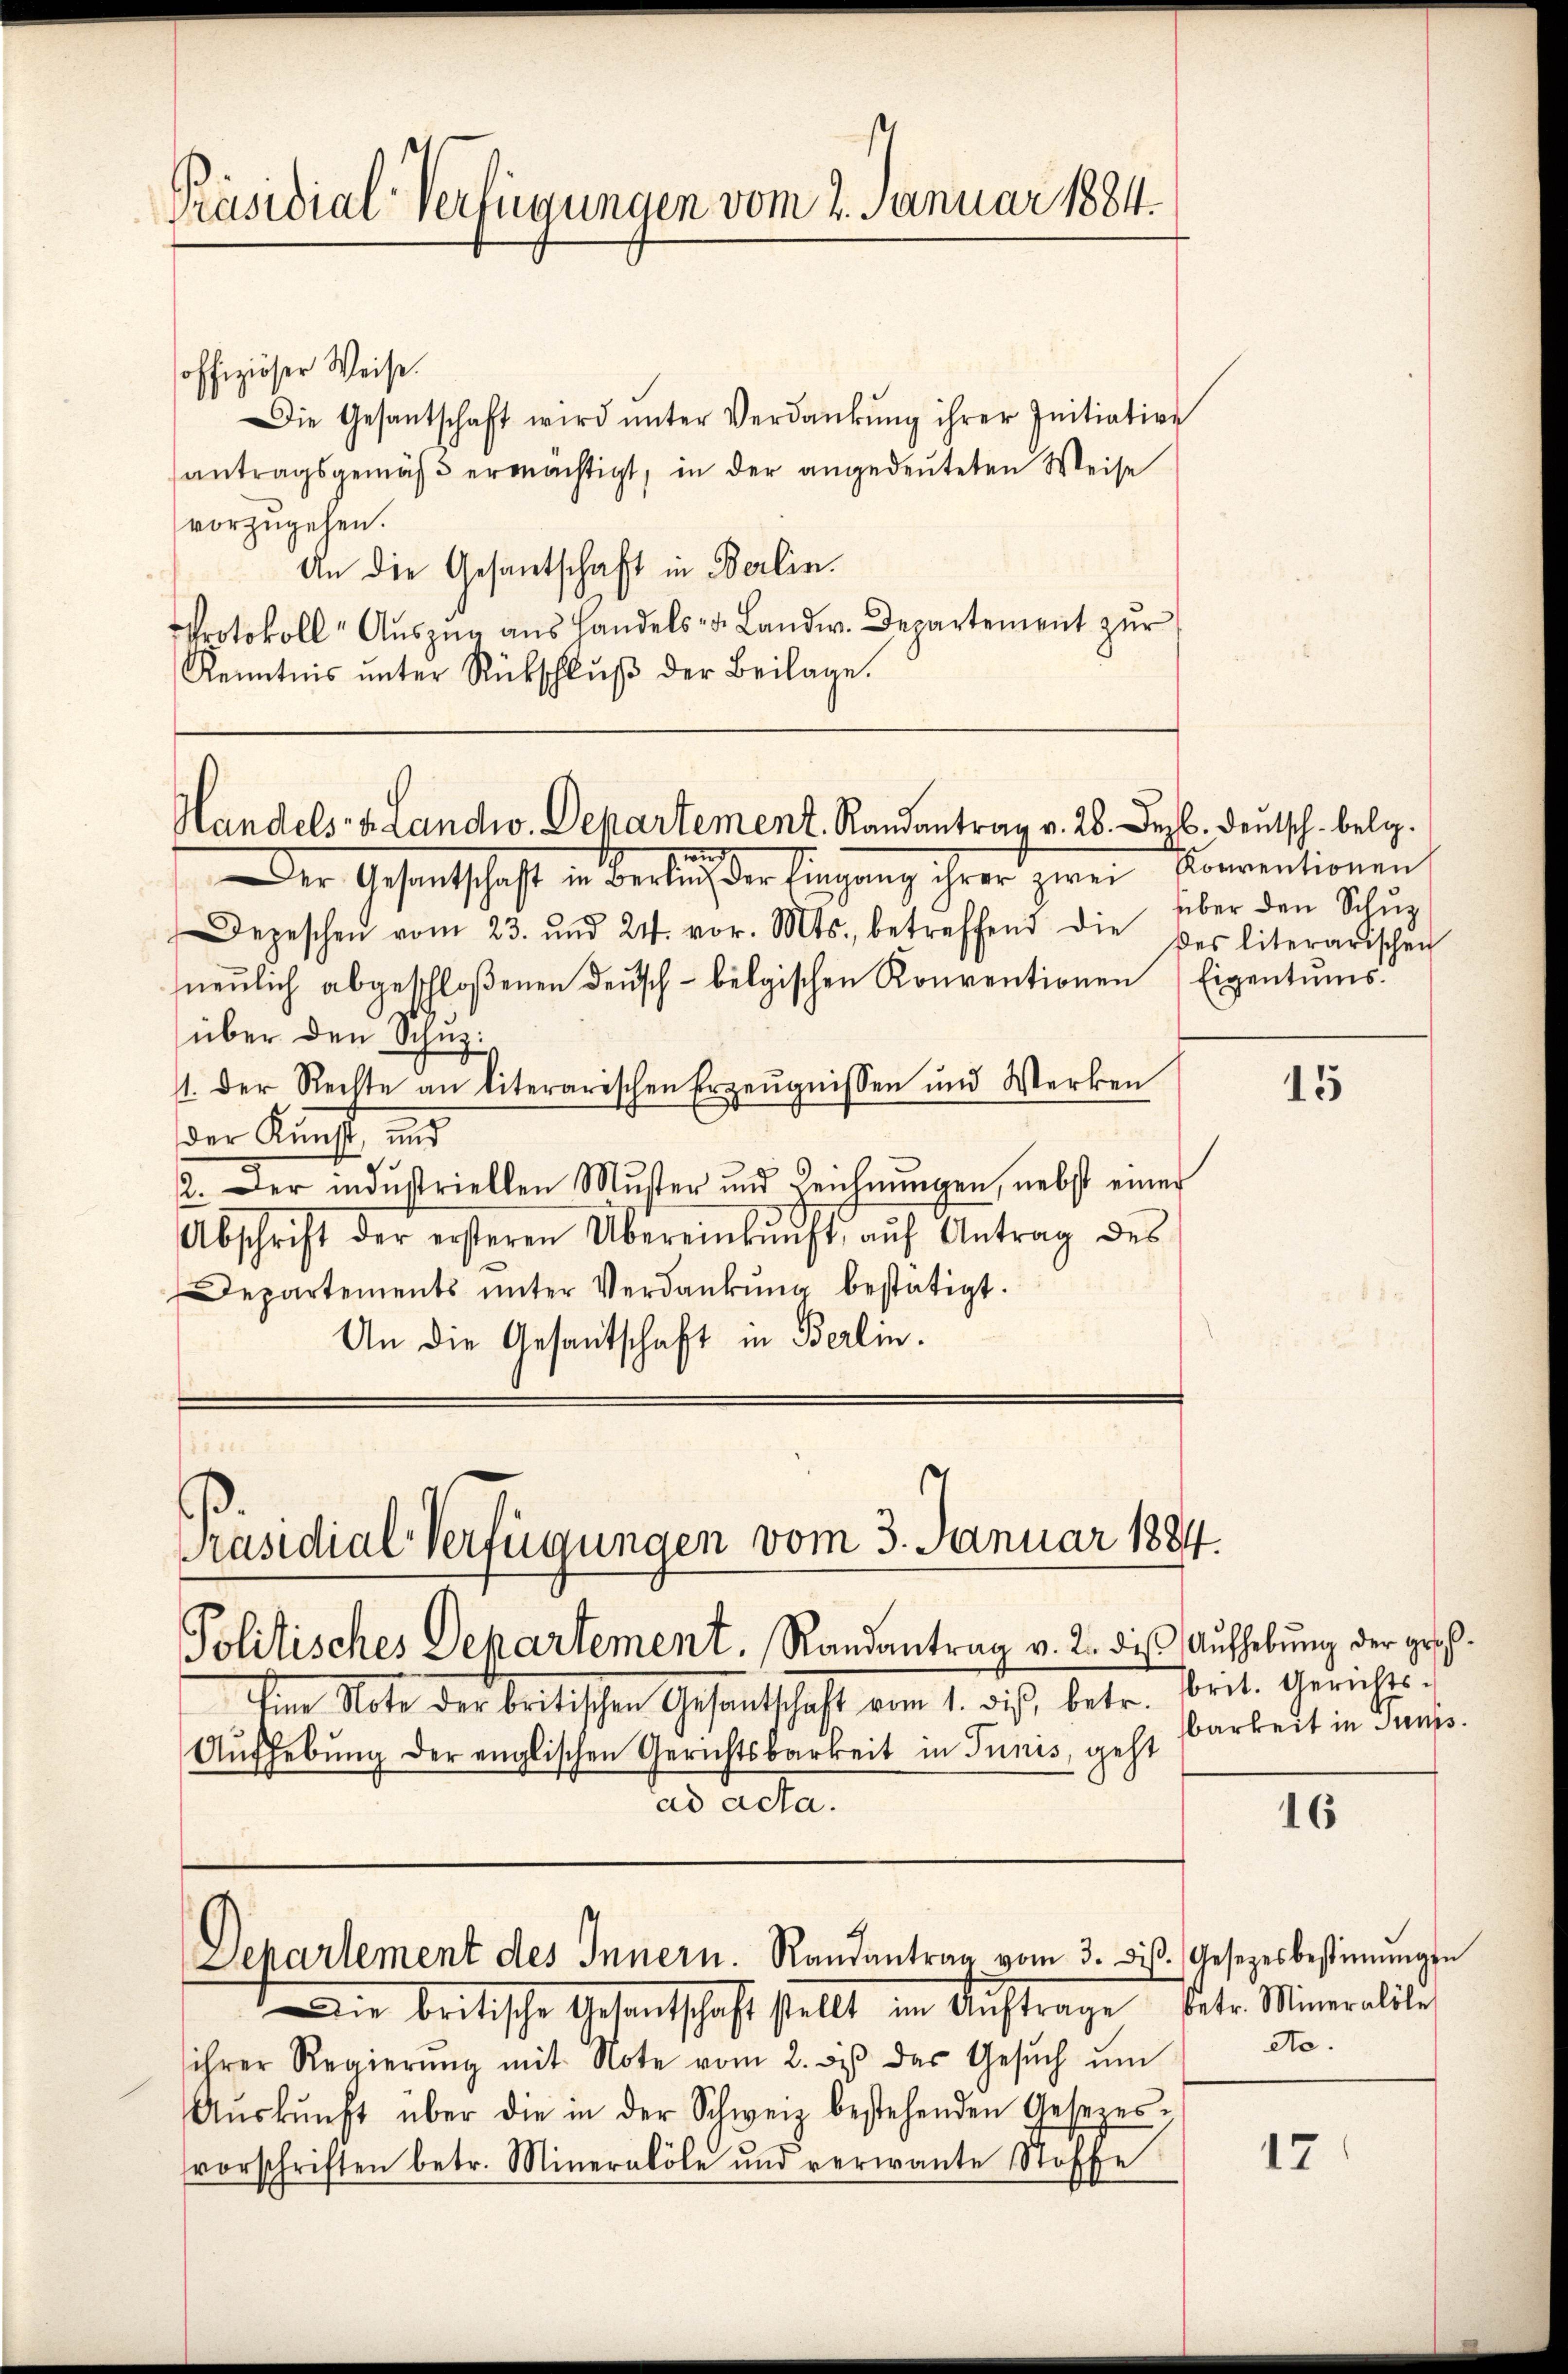
Präsidial-Verfügungen vom 2. Januar 1884.

offiziöser Weise.
Die Gesantschaft wird ŭnter Verdankŭng ihrer Initiative
antragsgemäβ ermächtigt, in der angedeuteten Weise
vorzugehen.
An die Gesantschaft in Berlin.
Protokoll Aŭszŭg ans Handels- u. Landw. Departement zur
Kenntnis ŭnter Rückschlŭβ der Beilage.

Handels- & Landw. Departement. Randantrag v. 28. Dezb. deutsch belg.

Bise.
Präsidial-Verfügungen vom 3. Januar 1884.

Departement des Innern. Randantrag vom 3. diβ. Gesetzesbestimmigen

Der Gesantschaft in Berlich der Eingang ihrer zwei Coeventionen
Depeschen vom 23. und 24. vor. Mts., betreffend die des literarischen
neŭlich abgeschloßenen Deusch - belgischen Konventionen (Eigentums.
über den Schuz¬
1. Der Rechte an literarischen Erzeugnissen und Werken
der Kunst, und
2. Der industriellen Muster und Reichnŭngen, nebst einer
Abschrift der ersteren Übereinkunft, aŭf Antrag des
Departements ŭnter Verdankŭng bestätigt.
An die Gesantschaft in Berlin.

über den Schuz

Die britische Gesantschaft stellt im Auftrage betr. Mineralite
ihrer Regierŭng mit Note vom 2. des das Gesŭch ŭm
Aŭskŭnft über die in der Schweiz bestehenden Gesezes-
vorschriften betr. Mineralle und verwante Stoffe

Politisches Departement. Randantrag v. 2. die Aufhebung der gesch
Eine Note der britischen Gesantschaft vom 1. dies, betr.
Aufhebung der englischen Gerichtsbarkeit in Tunis, geht
ad acta.

15

brit. Gerichts¬
Barkeit in Suns.

16

eto.

17